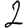
Digit: 2